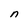
Character: n